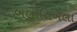
બલાતિબલા